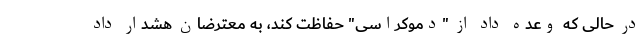
در حالی که وعده داد از "دموکراسی" حفاظت کند، به معترضان هشدار داد